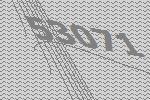
53071